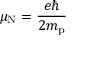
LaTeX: \mu _ { \mathrm { N } } = { \frac { e \hbar } { 2 m _ { \mathrm { p } } } }